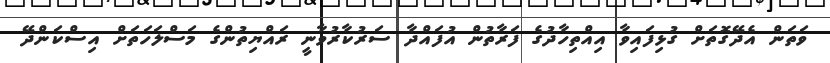
ވަތަން އެދޭގޮތަށް ގުޅިފައިވާ އިއްތިހާދުގެ ފަރާތުން އުފައްދާ ސަރުކާރުވާނީ ރައްޔިތުންގެ މަސްލަހަތަށް އިސްކަންދޭ